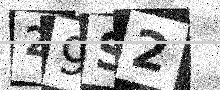
Text: 29S2